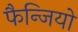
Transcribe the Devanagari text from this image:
फैन्जियो